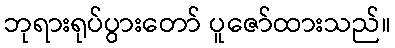
ဘုရားရုပ်ပွားတော် ပူဇော်ထားသည်။